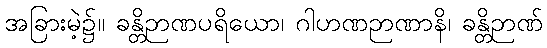
အခြားမဲ့၌။ ခန္တိဉာဏပရိယော၊ ဂါဟဏဉာဏာနိ၊ ခန္တိဉာဏ်